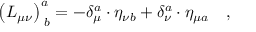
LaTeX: \left( L _ { \mu \nu } \right) _ { \; b } ^ { a } = - \delta _ { \mu } ^ { a } \cdot \eta _ { \nu b } + \delta _ { \nu } ^ { a } \cdot \eta _ { \mu a } \quad ,